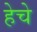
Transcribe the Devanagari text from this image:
हेचे